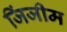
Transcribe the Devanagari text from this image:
जिंजीम